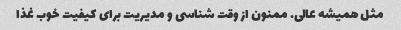
مثل همیشه عالی. ممنون از وقت شناسی و مدیریت برای کیفیت خوب غذا